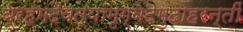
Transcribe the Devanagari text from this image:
ब्रह्मदैवत्यामृग्वेदमुदाहरन्तीं